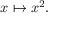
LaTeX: x \mapsto x ^ { 2 } .